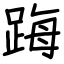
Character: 踇